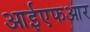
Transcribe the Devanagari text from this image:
आईएफआर